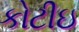
કોટીઇ